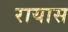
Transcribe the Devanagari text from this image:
रायास